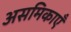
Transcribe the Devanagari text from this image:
असमिकाएँ